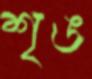
শৃঙ